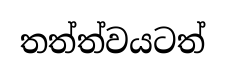
තත්ත්වයටත්